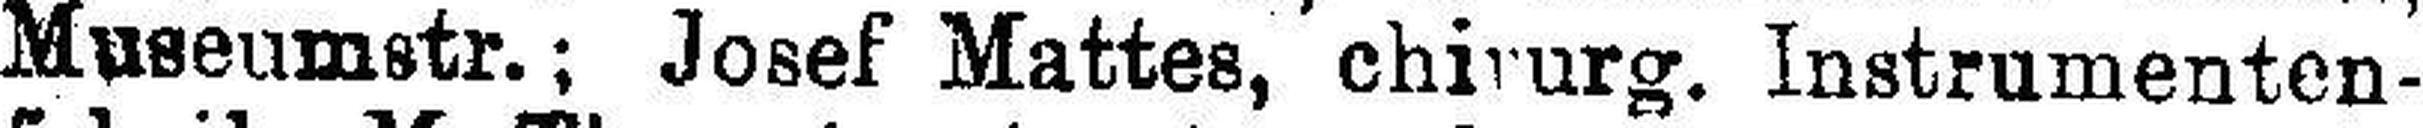
Museumstr.; Josef Mattes, Chirurg. Instrumenten¬